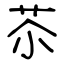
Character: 苶